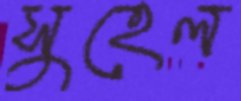
সুহেল